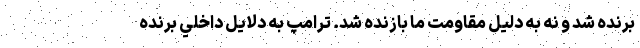
برنده شد و نه به دليل مقاومت ما بازنده شد. ترامپ به دلايل داخلي برنده